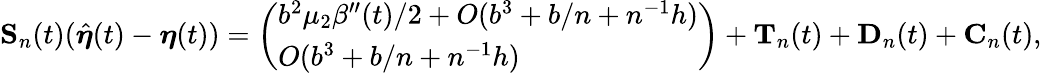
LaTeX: \begin{array}{r}{\mathbf S_{n}(t)(\hat{\boldsymbol\eta}(t)-\boldsymbol\eta(t))=\left(\begin{array}{l}{b^{2}\mu_{2}\beta^{\prime\prime}(t)/2+O(b^{3}+b/n+n^{-1}h)}\\ {O(b^{3}+b/n+n^{-1}h)}\end{array}\right)+\mathbf T_{n}(t)+\mathbf D_{n}(t)+\mathbf C_{n}(t),}\end{array}